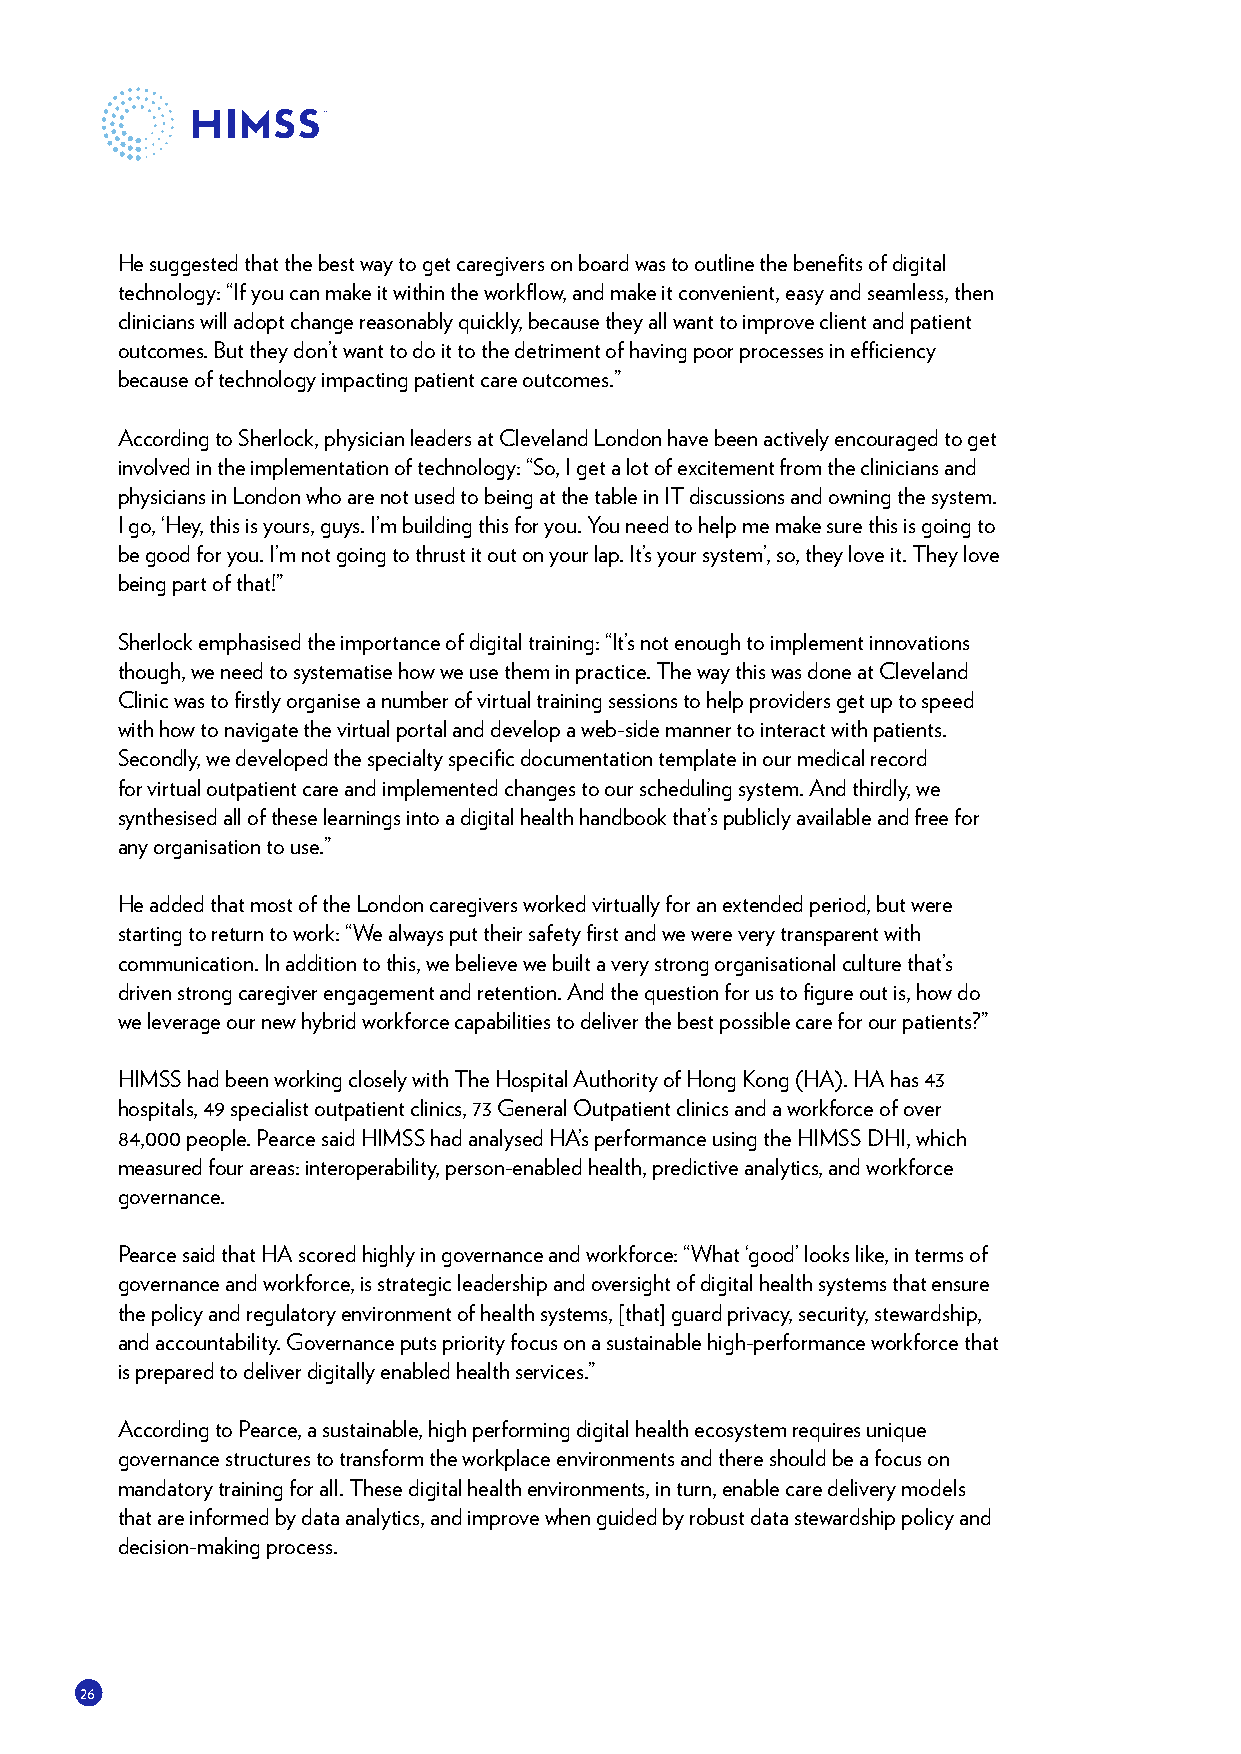
He suggested that the best way to get caregivers on board was to outline the benefits of digital
 technology: “If you can make it within the workflow, and make it convenient, easy and seamless, then
 clinicians will adopt change reasonably quickly, because they all want to improve client and patient
 outcomes. But they don’t want to do it to the detriment of having poor processes in efficiency
 because of technology impacting patient care outcomes.”
 According to Sherlock, physician leaders at Cleveland London have been actively encouraged to get
 involved in the implementation of technology: “So, I get a lot of excitement from the clinicians and
 physicians in London who are not used to being at the table in IT discussions and owning the system.
 I go, ‘Hey, this is yours, guys. I’m building this for you. You need to help me make sure this is going to
 be good for you. I’m not going to thrust it out on your lap. It’s your system’, so, they love it. They love
 being part of that!”
 Sherlock emphasised the importance of digital training: “It’s not enough to implement innovations
 though, we need to systematise how we use them in practice. The way this was done at Cleveland
 Clinic was to firstly organise a number of virtual training sessions to help providers get up to speed
 with how to navigate the virtual portal and develop a web-side manner to interact with patients.
 Secondly, we developed the specialty specific documentation template in our medical record
 for virtual outpatient care and implemented changes to our scheduling system. And thirdly, we
 synthesised all of these learnings into a digital health handbook that’s publicly available and free for
 any organisation to use.”
 He added that most of the London caregivers worked virtually for an extended period, but were
 starting to return to work: “We always put their safety first and we were very transparent with
 communication. In addition to this, we believe we built a very strong organisational culture that’s
 driven strong caregiver engagement and retention. And the question for us to figure out is, how do
 we leverage our new hybrid workforce capabilities to deliver the best possible care for our patients?”
 HIMSS had been working closely with The Hospital Authority of Hong Kong (HA). HA has 43
 hospitals, 49 specialist outpatient clinics, 73 General Outpatient clinics and a workforce of over
 84,000 people. Pearce said HIMSS had analysed HA’s performance using the HIMSS DHI, which
 measured four areas: interoperability, person-enabled health, predictive analytics, and workforce
 governance.
 Pearce said that HA scored highly in governance and workforce: “What ‘good’ looks like, in terms of
 governance and workforce, is strategic leadership and oversight of digital health systems that ensure
 the policy and regulatory environment of health systems, [that] guard privacy, security, stewardship,
 and accountability. Governance puts priority focus on a sustainable high-performance workforce that
 is prepared to deliver digitally enabled health services.”
 According to Pearce, a sustainable, high performing digital health ecosystem requires unique
 governance structures to transform the workplace environments and there should be a focus on
 mandatory training for all. These digital health environments, in turn, enable care delivery models
 that are informed by data analytics, and improve when guided by robust data stewardship policy and
 decision-making process.
 26